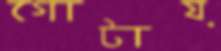
গোটায়